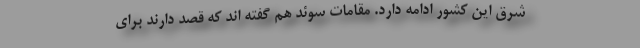
شرق این کشور ادامه دارد. مقامات سوئد هم گفته اند که قصد دارند برای